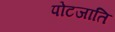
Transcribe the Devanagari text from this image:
पोटजाति